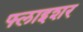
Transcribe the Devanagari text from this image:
फ्लाइशर